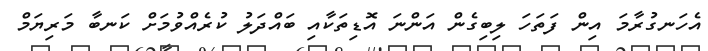
އެހަނގުރާމަ އިން ފަތަހަ ލިބިގެން އަންނަ އޮޑިތަކާއި ބައްދަލު ކުރެއްވުމަށް ކަނބާ މަރިޔަމް